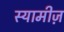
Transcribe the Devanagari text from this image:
स्यामीज़